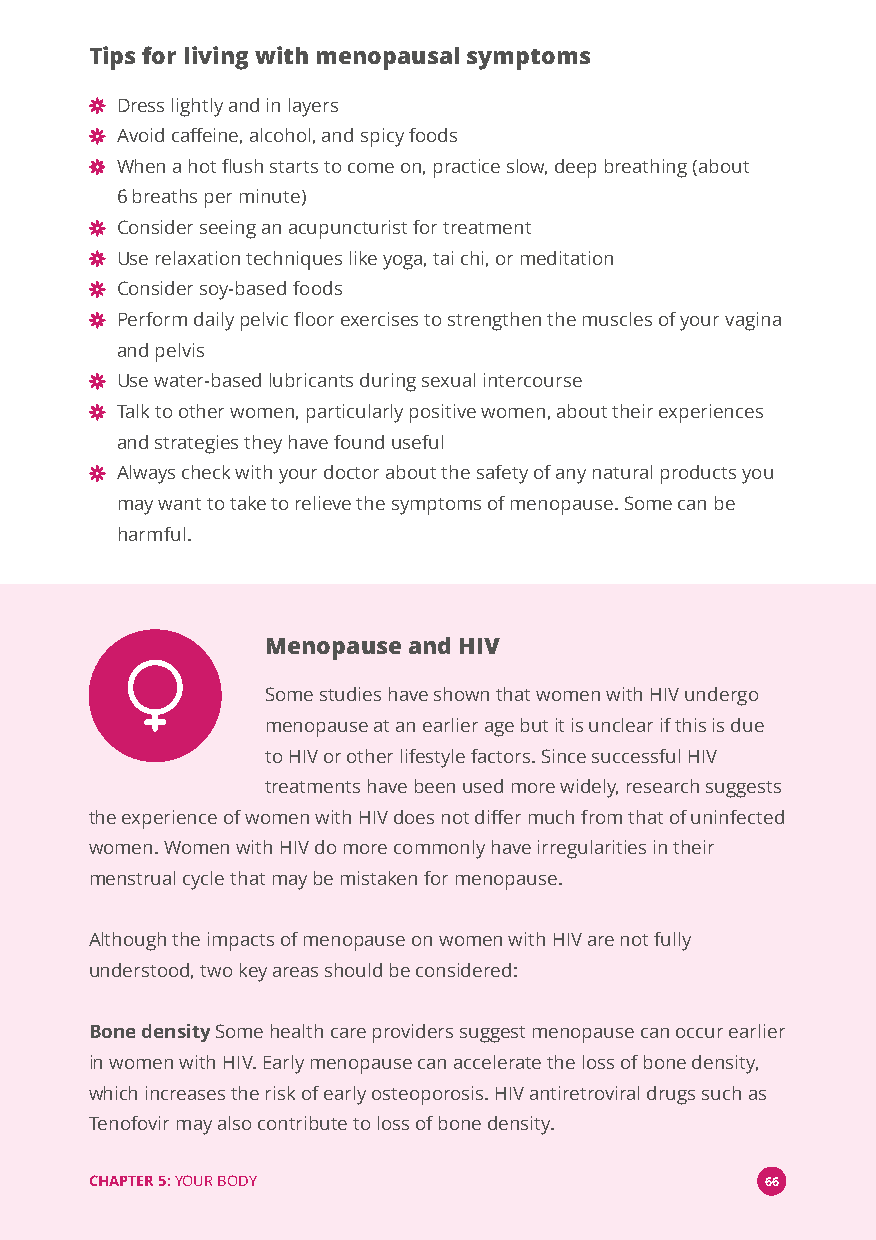
Tips for living with menopausal symptoms
 Dress lightly and in layers
 Avoid caffeine, alcohol, and spicy foods
 When a hot flush starts to come on, practice slow, deep breathing (about
 6 breaths per minute)
 Consider seeing an acupuncturist for treatment
 Use relaxation techniques like yoga, tai chi, or meditation
 Consider soy-based foods
 Perform daily pelvic floor exercises to strengthen the muscles of your vagina
 and pelvis
 Use water-based lubricants during sexual intercourse
 Talk to other women, particularly positive women, about their experiences
 and strategies they have found useful
 Always check with your doctor about the safety of any natural products you
 may want to take to relieve the symptoms of menopause. Some can be
 harmful.
 Menopause and HIV
 Some studies have shown that women with HIV undergo
 menopause at an earlier age but it is unclear if this is due
 to HIV or other lifestyle factors. Since successful HIV
 treatments have been used more widely, research suggests
 the experience of women with HIV does not differ much from that of uninfected
 women. Women with HIV do more commonly have irregularities in their
 menstrual cycle that may be mistaken for menopause.
 Although the impacts of menopause on women with HIV are not fully
 understood, two key areas should be considered:
 Bone densitySome health care providers suggest menopause can occur earlier
 in women with HIV. Early menopause can accelerate the loss of bone density,
 which increases the risk of early osteoporosis. HIV antiretroviral drugs such as
 Tenofovir may also contribute to loss of bone density.
 CHAPTER 5:YOUR BODY                          66